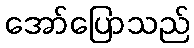
အော်ပြောသည်